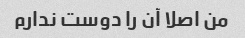
من اصلا آن را دوست ندارم